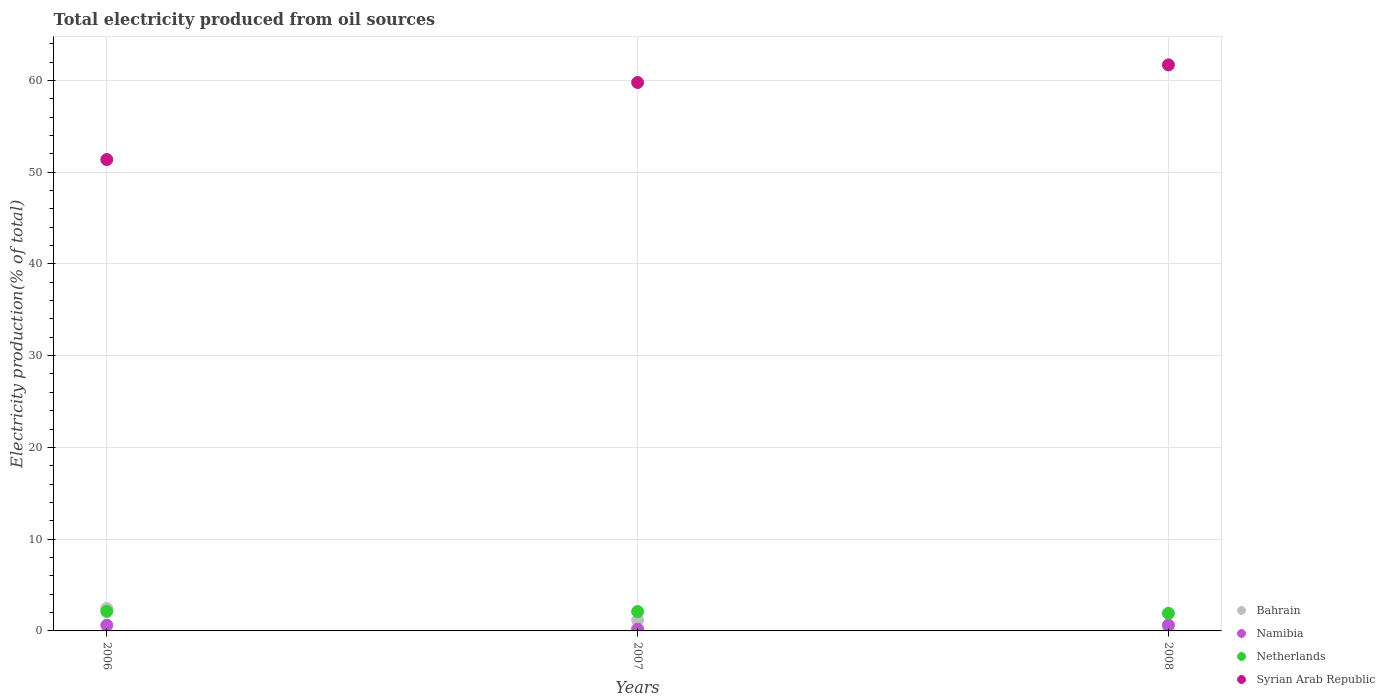
| Years | Bahrain | Namibia | Netherlands | Syrian Arab Republic |
 | --- | --- | --- | --- | --- |
 | 2006 | 2.44 | 0.623 | 2.13 | 51.4 |
 | 2007 | 1.16 | 0.19 | 2.11 | 59.8 |
 | 2008 | 0.0219 | 0.636 | 1.92 | 61.7 |